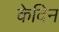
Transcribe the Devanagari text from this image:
केदिन